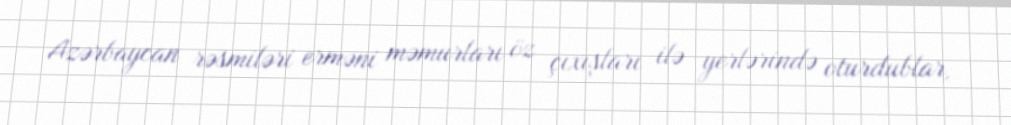
Azərbaycan rəsmiləri erməni məmurları öz çıxışları ilə yerlərində oturdublar,